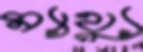
ম্যাথ্যু